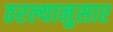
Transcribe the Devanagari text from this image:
ठरल्यानुसार